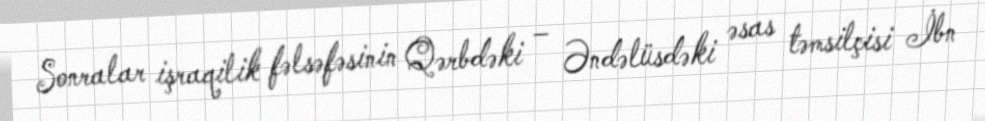
Sonralar işraqilik fəlsəfəsinin Qərbdəki – Əndəlüsdəki əsas təmsilçisi İbn